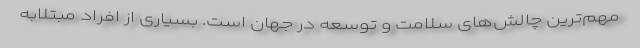
مهم‌ترین چالش‌های سلامت و توسعه در جهان است. بسیاری از افراد مبتلابه